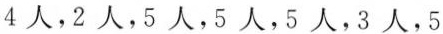
4人，2人，5人，5人，5人，3人，5